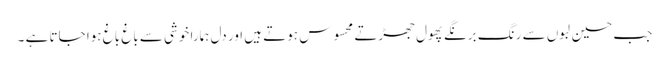
جب حسین لبوں سے رنگ برنگے پھول جھڑتے محسوس ہوتے ہیں اور دل ہمارا خوشی سے باغ باغ ہوا جاتا ہے ۔